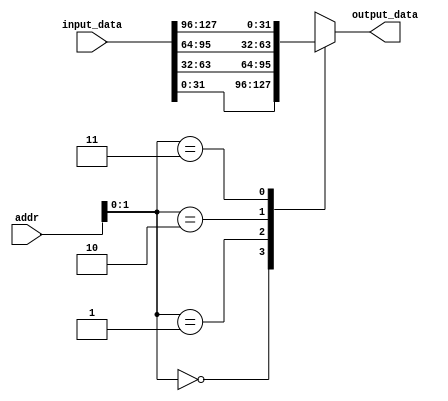
module addr_decoder #(
  parameter CACHE_LINE_WIDTH = 128,
  parameter ADDR_WIDTH       = 32,
  parameter DATA_WIDTH       = 32
)(
  input           [CACHE_LINE_WIDTH-1:0]    input_data,
  input           [ADDR_WIDTH-1:0]          addr,
  output   reg    [DATA_WIDTH-1:0]          output_data
);
  always @(*) begin
    case (addr[1:0])
      2'b00: begin 
        output_data = input_data[31:0]; 
      end
      2'b01: begin 
        output_data = input_data[63:32]; 
      end
      2'b10: begin 
        output_data = input_data[95:64]; 
      end
      2'b11: begin 
        output_data = input_data[127:96]; 
      end
    endcase 
  end
endmodule